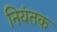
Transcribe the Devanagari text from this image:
नियंतक